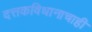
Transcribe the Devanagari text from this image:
दत्तकविधानाचाही